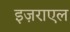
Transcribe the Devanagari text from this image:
इज़राएल